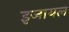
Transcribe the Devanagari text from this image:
इजायल